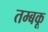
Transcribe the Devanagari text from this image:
तम्बकू